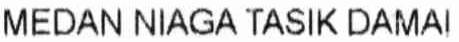
MEDAN NIAGA TASIK DAMAI